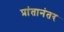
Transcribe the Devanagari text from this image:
प्रांतानंतर